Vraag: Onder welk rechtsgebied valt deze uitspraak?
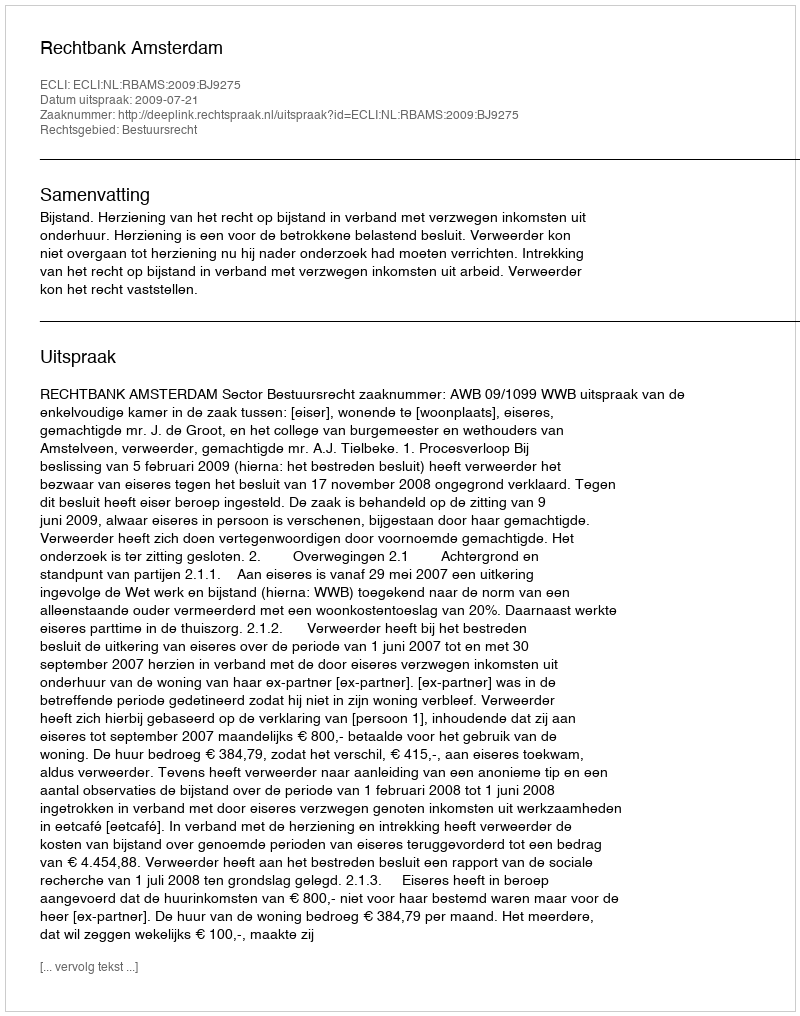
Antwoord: Bestuursrecht